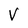
Character: v